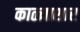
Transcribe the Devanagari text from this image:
काळ्याशार